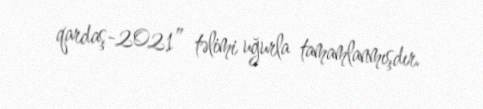
qardaş-2021” təlimi uğurla tamamlanmışdır.